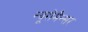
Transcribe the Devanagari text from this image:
न्यूरोमैन्सर